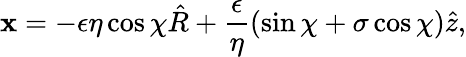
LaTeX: \mathbf{x}=-\epsilon\eta\cos\chi\hat{R}+\frac{\epsilon}{\eta}(\sin\chi+\sigma\cos\chi)\hat{z},